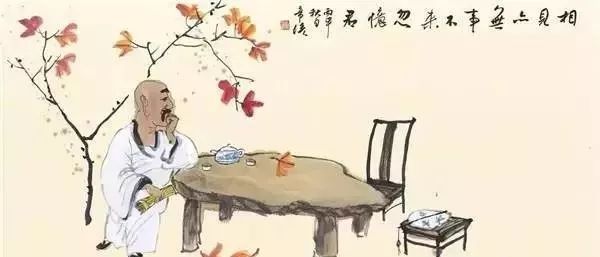
问君何能尔？心远地自偏。